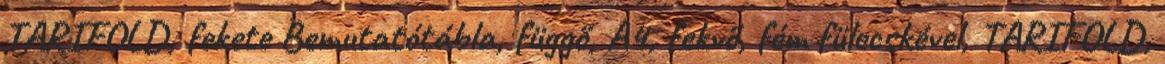
TARIFOLD, fekete Bemutatótábla, függő, A4, fekvő, fém fülecskével, TARIFOLD,